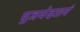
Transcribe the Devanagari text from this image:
पूजयेदशनं